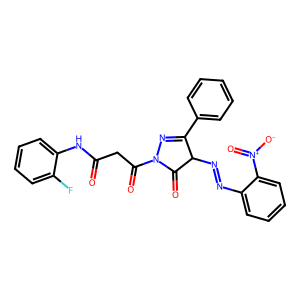
SMILES: O=C(CC(=O)N1N=C(c2ccccc2)C(N=Nc2ccccc2[N+](=O)[O-])C1=O)Nc1ccccc1F
Inhibits HIV replication: No